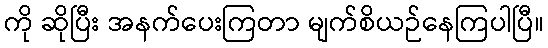
ကို ဆိုပြီး အနက်ပေးကြတာ မျက်စိယဉ်နေကြပါပြီ။